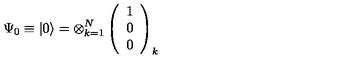
\Psi _ { 0 } \equiv \left| 0 \right\rangle = \otimes _ { k = 1 } ^ { N } \left( \begin{array} { l } { 1 } \\ { 0 } \\ { 0 } \\ \end{array} \right) _ { k }